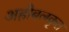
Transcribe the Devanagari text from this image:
अहोबलकृत